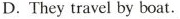
D.They travel by boat.